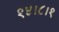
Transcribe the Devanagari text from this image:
१४।८।१